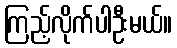
ကြည့်လိုက်ပါဦးမယ်။